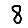
Digit: 8